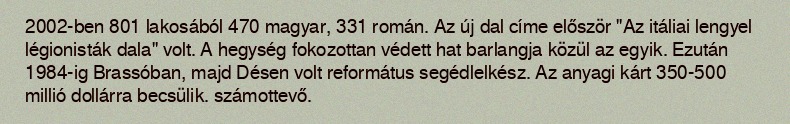
2002-ben 801 lakosából 470 magyar, 331 román. Az új dal címe először "Az itáliai lengyel légionisták dala" volt. A hegység fokozottan védett hat barlangja közül az egyik. Ezután 1984-ig Brassóban, majd Désen volt református segédlelkész. Az anyagi kárt 350-500 millió dollárra becsülik. számottevő.